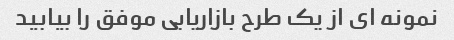
نمونه ای از یک طرح بازاریابی موفق را بیابید